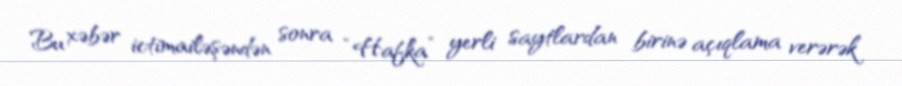
Bu xəbər ictimailəşəndən sonra “Hafka” yerli saytlardan birinə açıqlama verərək